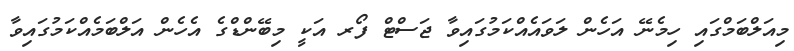
މިއަލްބަމްގައި ހިމެނޭ އަހެން ލަވައެއްކަމުގައިވާ ޖަސްޓް ފޯރ އަކީ މިބޭންޑްގެ އެހެން އަލްބަމެއްކަމުގައިވާ